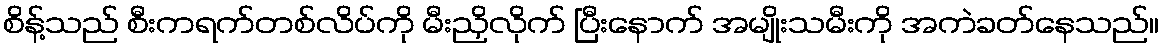
စိန့်သည် စီးကရက်တစ်လိပ်ကို မီးညှိလိုက် ပြီးနောက် အမျိုးသမီးကို အကဲခတ်နေသည်။